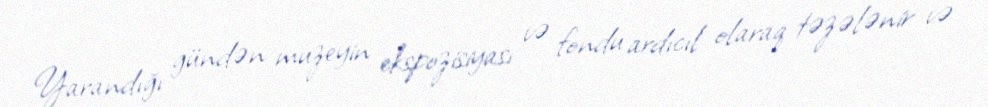
Yarandığı gündən muzeyin ekspozisiyası və fondu ardıcıl olaraq təzələnir və